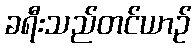
ခရီးသည်တင်ယာဉ်